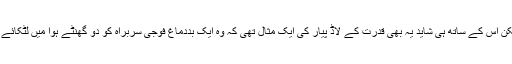
یہ درست ہے کہ قدرت نے ان کی اس خواہش کو رد کیا لیکن اس کے ساتھ ہی شاید یہ بھی قدرت کے لاڈ پیار کی ایک مثال تھی کہ وہ ایک بددماغ فوجی سربراہ کو دو گھنٹے ہوا میں لٹکائے رہنے کے باوجود بھی پاکستان سے زندہ بچ کر نکل گئے۔